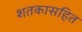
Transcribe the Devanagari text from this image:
शतकासहित